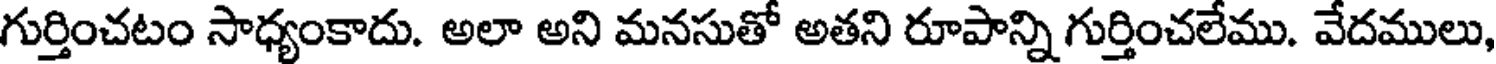
గుర్తించటం సాధ్యంకాదు. అలా అని మనసుతో అతని రూపాన్ని గుర్తించలేము. వేదములు,